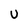
Character: U